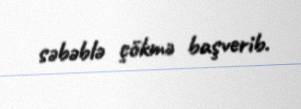
səbəblə çökmə başverib.